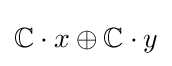
\mathbb {C} \cdot x\oplus \mathbb {C} \cdot y